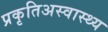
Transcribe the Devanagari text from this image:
प्रकृतिअस्वास्थ्य